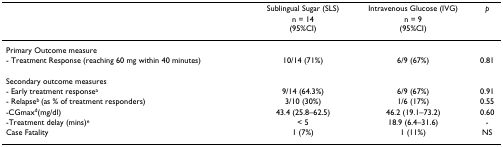
<table><thead><tr><td></td><td><b>Sublingual Sugar (SLS)</b></td><td><b>Intravenous Glucose (IVG)</b></td><td><b><i>p</i></b></td></tr><tr><td></td><td><b>n = 14(95%CI)</b></td><td><b>n = 9(95%CI)</b></td><td></td></tr></thead><tbody><tr><td>Primary Outcome measure</td><td></td><td></td><td></td></tr><tr><td>- Treatment Response (reaching 60 mg within 40 minutes)</td><td>10/14 (71%)</td><td>6/9 (67%)</td><td>0.81</td></tr><tr><td>Secondary outcome measures</td><td></td><td></td><td></td></tr><tr><td>- Early treatment response<sup>a</sup></td><td>9/14 (64.3%)</td><td>6/9 (67%)</td><td>0.91</td></tr><tr><td>- Relapse<sup>b </sup>(as % of treatment responders)</td><td>3/10 (30%)</td><td>1/6 (17%)</td><td>0.55</td></tr><tr><td>-CGmax<sup>d</sup>(mg/dl)</td><td>43.4 (25.8–62.5)</td><td>46.2 (19.1–73.2)</td><td>0.60</td></tr><tr><td>-Treatment delay (mins)<sup>e</sup></td><td>&lt; 5</td><td>18.9 (6.4–31.6)</td><td>-</td></tr><tr><td>Case Fatality</td><td>1 (7%)</td><td>1 (11%)</td><td>NS</td></tr></tbody></table>